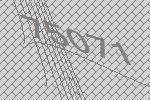
75071